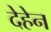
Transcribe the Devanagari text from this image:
देहेन